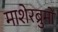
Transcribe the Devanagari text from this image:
माशेरब्रुमों